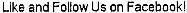
LIKE AND FOLLOW US ON FACEBOOK!